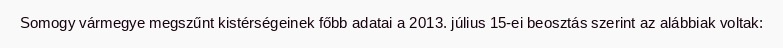
Somogy vármegye megszűnt kistérségeinek főbb adatai a 2013. július 15-ei beosztás szerint az alábbiak voltak: